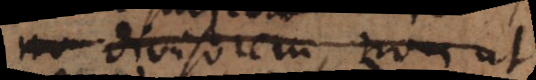
nu divisorem, non ut